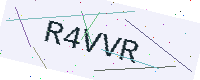
Text: R4VVR